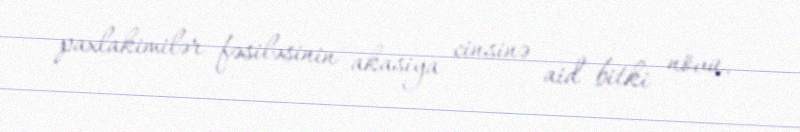
paxlakimilər fəsiləsinin akasiya cinsinə aid bitki növü.